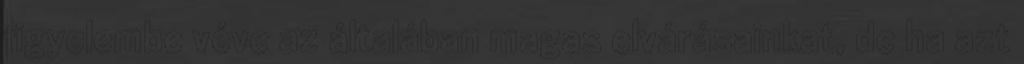
figyelembe véve az általában magas elvárásainkat, de ha azt